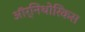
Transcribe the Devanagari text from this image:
ऑर्निथोरिंकस